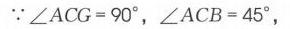
$\because \angle ACG = 90^{\circ},\angle ACB = 45^{\circ},$